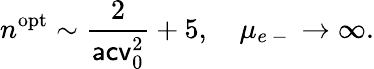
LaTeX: n^{\mathrm{opt}}\sim\frac{2}{\mathsf{acv}_{0}^{2}}+5,\quad\mu_{e\mathrm{~-~}}\to\infty.